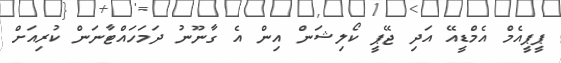
ޕީޕީއެމް އެމްޑީއޭ އަދި ޖޭޕީ ކޯލިޝަން އިން އެ ގާނޫނު ދަމަހައްޓާނަން ކުރިއަށް